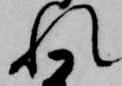
れ